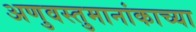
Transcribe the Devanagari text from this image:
अणुवस्तुमानांकाच्या